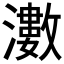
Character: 𱩵